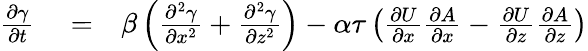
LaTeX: \begin{array}{rlr}{\frac{\partial\gamma}{\partial t}}&{{}=}&{\beta\left({\frac{\partial^{2}\gamma}{\partial x^{2}}+\frac{\partial^{2}\gamma}{\partial z^{2}}}\right)-\alpha\tau\left({\frac{\partial U}{\partial x}\frac{\partial A}{\partial x}-\frac{\partial U}{\partial z}\frac{\partial A}{\partial z}}\right)}\end{array}